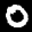
Label: 0